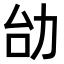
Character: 𠡇